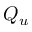
Q _ { u }